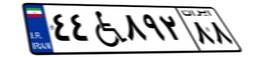
۴۴W۸۹۲۸۸